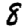
Digit: 8